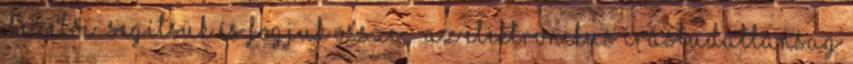
„kezelői” segítsük és fogjuk össze,  Az elektronikus írástudatlanság